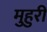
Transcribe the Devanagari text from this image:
मुहुरी